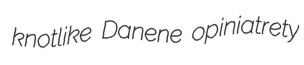
knotlike Danene opiniatrety